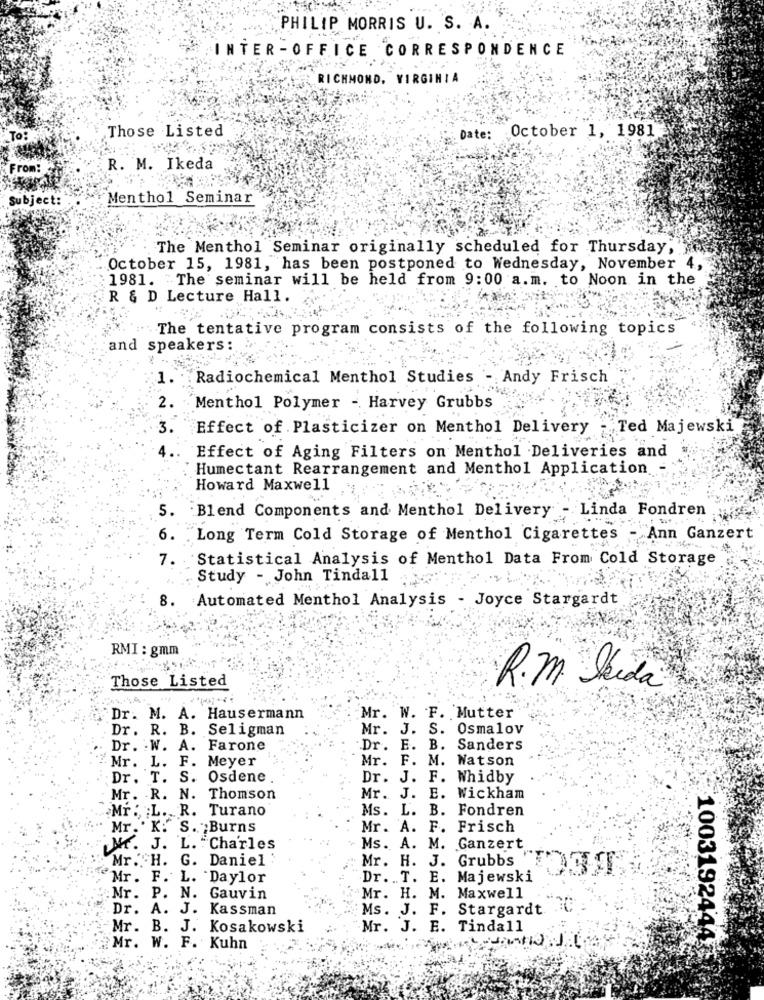
PHILIP MORRIS U. S. A.
INTER -OFFICE CORRESPONDENCE
RICHMOND, VIRGINIA
Those Listed
October 1, 1981
To:
Date:
From:
R. M. Ikeda
Subject:
Menthol Seminar
The Menthol Seminar originally scheduled for Thursday,
October 15, 1981, has been postponed to Wednesday, November 4,
1981. The seminar will be held from 9:00 a.m. to Noon in the
R & D Lecture Hall.
The tentative program consists of the following topics
and speakers:
1.
Radiochemical Menthol Studies - Andy Frisch
2.
Menthol Polymer - Harvey Grubbs
Effect of Plasticizer on Menthol Delivery - Ted Majewski
Effect of Aging Filters on Menthol Deliveries and
Humectant Rearrangement and Menthol Application -
Howard Maxwell
5.
Blend Components and Menthol Delivery - Linda Fondren
6.
Long Term Cold Storage of Menthol Cigarettes - Ann Ganzert
7. Statistical Analysis of Menthol Data From Cold Storage
Study - John Tindall
8. Automated Menthol Analysis - Joyce Stargardt
RMI : gmm
Those Listed
R.M. Skida
Dr. M. A. Hausermann
Mr. W. F. Mutter
Dr. R. B. Seligman
Mr. J. S.
Osmalov
Dr. W. A. Farone
Dr. E. B.
Sanders
Mr. L. F. Meyer
Mr.
F. M. Watson
Dr. T. S. Osdene.
Dr. J. F. Whidby
Mr. R. N. Thomson
Mr. J.
E. Wickham
Mr . L. R. Turano
Ms. L. B. Fondren
Mr. ' K:" S. Burns
Mr. A. F. Frisch
M. J. L. Charles
Ms. A. M. Ganzert
Mr. H. G. Daniel :
Mr. H. J. Grubbs
Mr. F. L. "Daylor
Dr. . T. E. Majewski
Mr. P. N. Gauvin
Mr. H. M. Maxwell
Dr. A. J. Kassman
Ms. J. F. Stargardt
Mr. B. J. Kosakowski
Mr. J. E. Tindall
1003192444
Mr. W. F. Kuhn